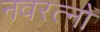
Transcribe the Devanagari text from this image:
नवरत्‍नों